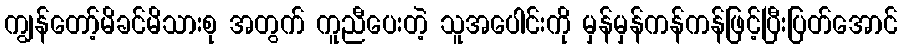
ကျွန်တော့်မိခင်မိသားစု အတွက် ကူညီပေးတဲ့ သူအပေါင်းကို မှန်မှန်ကန်ကန်ဖြင့်ပြီးပြတ်အောင်